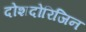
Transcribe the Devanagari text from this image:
दोशदोरिजिन